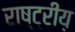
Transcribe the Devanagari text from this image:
राष्ट्रीय़